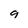
Character: g